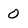
Character: O